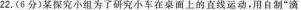
22.(6分)某探究小组为了研究小车在桌面上的直线运动，用自制”滴